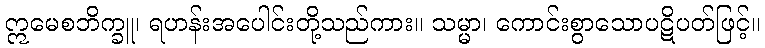
ဣမေစဘိက္ခူ၊ ရဟန်းအပေါင်းတို့သည်ကား။ သမ္မာ၊ ကောင်းစွာသောပဋိပတ်ဖြင့်။